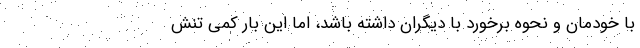
با خودمان و نحوه برخورد با دیگران داشته باشد، اما این بار کمی تنش